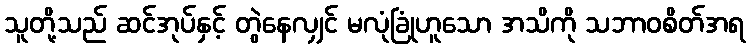
သူတို့သည် ဆင်အုပ်နှင့် တွဲနေလျှင် မလုံခြုံဟူသော အသိကို သဘာဝစိတ်အရ